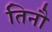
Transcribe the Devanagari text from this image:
तिनौ